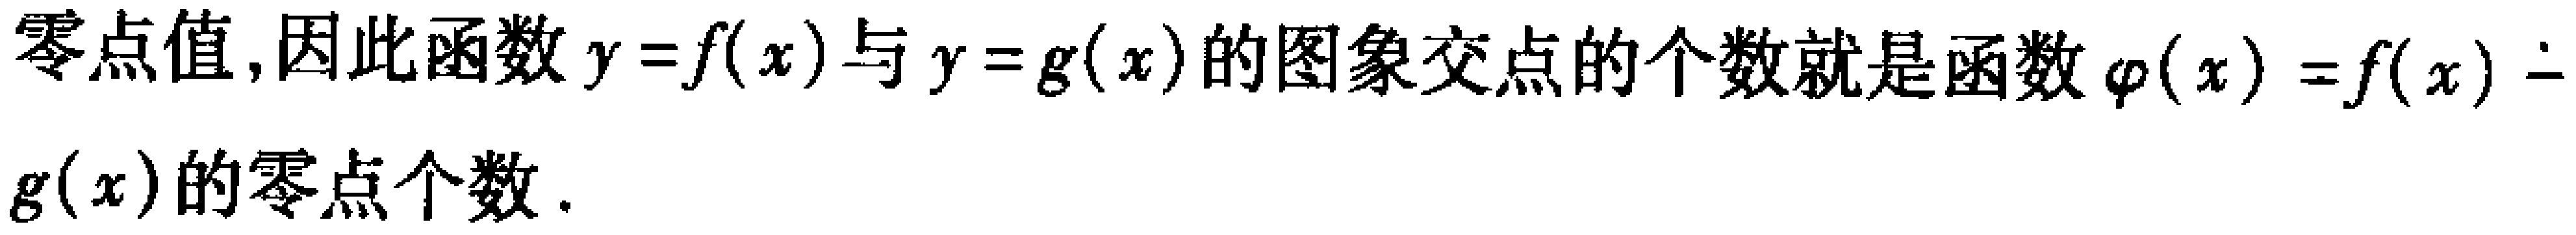
零点值,因此函数$y = f(x)$与$y = g(x)$的图象交点的个数就是函数$\varphi(x)=f(x)-g(x)$的零点个数.